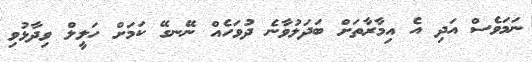
ނަމަވެސް އަދި އެ އިމާރާތަށް ބަދަލުވާނެ ދުވަހެއް ނޭނގޭ ކަމަށް ހަލީލް ވިދާޅުވި